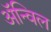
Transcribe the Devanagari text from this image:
अॅन्विल